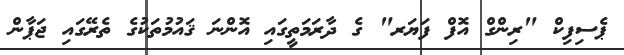
ޕެސިފިކް "ރިންގް އޮފް ފަޔަރ" ގެ ދާރަމަތީގައި އޮންނަ ޤައުމުތަކުގެ ތެރޭގައި ޖަޕާން